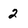
Character: 2